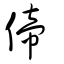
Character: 偙